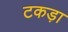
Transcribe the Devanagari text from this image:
टकड़ा